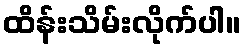
ထိန်းသိမ်းလိုက်ပါ။